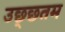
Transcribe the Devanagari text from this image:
उछ्छतम